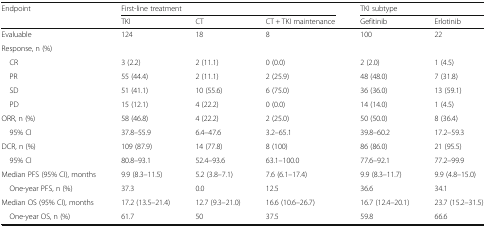
<table><thead><tr><td rowspan="2"><b>Endpoint</b></td><td colspan="3"><b>First-line treatment</b></td><td colspan="2"><b>TKI subtype</b></td></tr><tr><td><b>TKI</b></td><td><b>CT</b></td><td><b>CT + TKI maintenance</b></td><td><b>Gefitinib</b></td><td><b>Erlotinib</b></td></tr></thead><tbody><tr><td>Evaluable</td><td>124</td><td>18</td><td>8</td><td>100</td><td>22</td></tr><tr><td colspan="6">Response, n (%)</td></tr><tr><td> CR</td><td>3 (2.2)</td><td>2 (11.1)</td><td>0 (0.0)</td><td>2 (2.0)</td><td>1 (4.5)</td></tr><tr><td> PR</td><td>55 (44.4)</td><td>2 (11.1)</td><td>2 (25.9)</td><td>48 (48.0)</td><td>7 (31.8)</td></tr><tr><td> SD</td><td>51 (41.1)</td><td>10 (55.6)</td><td>6 (75.0)</td><td>36 (36.0)</td><td>13 (59.1)</td></tr><tr><td> PD</td><td>15 (12.1)</td><td>4 (22.2)</td><td>0 (0.0)</td><td>14 (14.0)</td><td>1 (4.5)</td></tr><tr><td>ORR, n (%)</td><td>58 (46.8)</td><td>4 (22.2)</td><td>2 (25.0)</td><td>50 (50.0)</td><td>8 (36.4)</td></tr><tr><td> 95% CI</td><td>37.8–55.9</td><td>6.4–47.6</td><td>3.2–65.1</td><td>39.8–60.2</td><td>17.2–59.3</td></tr><tr><td>DCR, n (%)</td><td>109 (87.9)</td><td>14 (77.8)</td><td>8 (100)</td><td>86 (86.0)</td><td>21 (95.5)</td></tr><tr><td> 95% CI</td><td>80.8–93.1</td><td>52.4–93.6</td><td>63.1–100.0</td><td>77.6–92.1</td><td>77.2–99.9</td></tr><tr><td>Median PFS (95% CI), months</td><td>9.9 (8.3–11.5)</td><td>5.2 (3.8–7.1)</td><td>7.6 (6.1–17.4)</td><td>9.9 (8.3–11.7)</td><td>9.9 (4.8–15.0)</td></tr><tr><td> One-year PFS, n (%)</td><td>37.3</td><td>0.0</td><td>12.5</td><td>36.6</td><td>34.1</td></tr><tr><td>Median OS (95% CI), months</td><td>17.2 (13.5–21.4)</td><td>12.7 (9.3–21.0)</td><td>16.6 (10.6–26.7)</td><td>16.7 (12.4–20.1)</td><td>23.7 (15.2–31.5)</td></tr><tr><td> One-year OS, n (%)</td><td>61.7</td><td>50</td><td>37.5</td><td>59.8</td><td>66.6</td></tr></tbody></table>